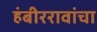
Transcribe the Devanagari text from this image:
हंबीररावांचा